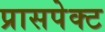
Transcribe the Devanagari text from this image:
प्रासपेक्ट